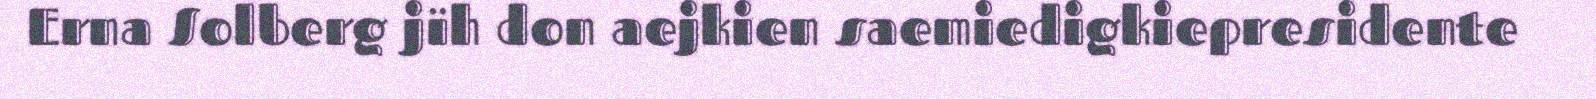
Erna Solberg jïh don aejkien saemiedigkiepresidente